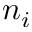
n _ { i }